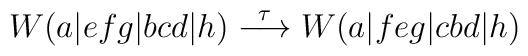
W(a|efg|bcd|h)\stackrel{\tau}{\longrightarrow} W(a|feg|cbd|h)